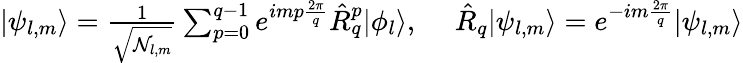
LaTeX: \begin{array}{r}{|\psi_{l,m}\rangle=\frac{1}{\sqrt{\mathcal{N}_{l,m}}}\sum_{p=0}^{q-1}e^{imp\frac{2\pi}{q}}\hat{R}_{q}^{p}|\phi_{l}\rangle,\ \ \ \ \ \hat{R}_{q}|\psi_{l,m}\rangle=e^{-im\frac{2\pi}{q}}|\psi_{l,m}\rangle}\end{array}